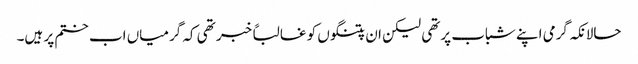
حالانکہ گرمی اپنے شباب پرتھی لیکن ان پتنگوں کو غالباً خبر تھی کہ گرمیاں اب ختم پر ہیں۔